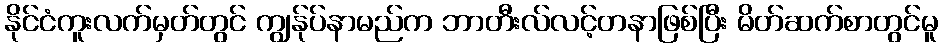
နိုင်ငံကူးလက်မှတ်တွင် ကျွန်ုပ်နာမည်က ဘာတီးလ်လင့်တနာဖြစ်ပြီး မိတ်ဆက်စာတွင်မူ